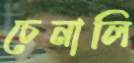
চেনালি